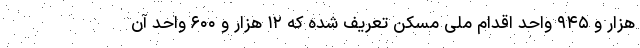
هزار و ۹۴۵ واحد اقدام ملی مسکن تعریف شده که ۱۲ هزار و ۶۰۰ واحد آن